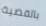
بالقضية